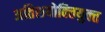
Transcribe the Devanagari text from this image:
अतिशयोक्‍तियुक्‍त